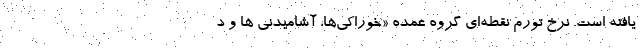
یافته است. نرخ تورم نقطه‌ای گروه عمده «خوراکی‌ها، آشامیدنی ها و د